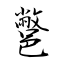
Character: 鄨